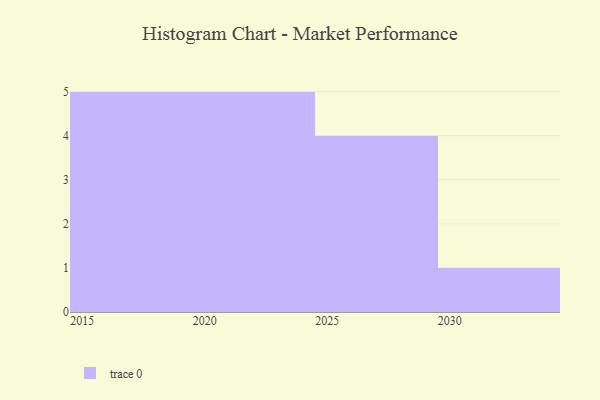
{"axis": {"x": "Year", "y": "Active Users"}, "legend": [""], "data": [{"x": "2021", "y": 84, "type": ""}, {"x": "2029", "y": 60, "type": ""}, {"x": "2024", "y": 49, "type": ""}, {"x": "2020", "y": 75, "type": ""}, {"x": "2023", "y": 54, "type": ""}, {"x": "2019", "y": 59, "type": ""}, {"x": "2027", "y": 58, "type": ""}, {"x": "2030", "y": 91, "type": ""}, {"x": "2025", "y": 30, "type": ""}, {"x": "2015", "y": 68, "type": ""}, {"x": "2026", "y": 76, "type": ""}, {"x": "2016", "y": 47, "type": ""}, {"x": "2022", "y": 43, "type": ""}, {"x": "2017", "y": 48, "type": ""}, {"x": "2018", "y": 63, "type": ""}]}